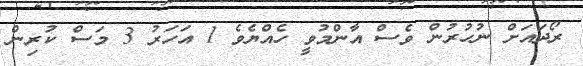
ރޯދައަށް ނުހުރުން ވެސް އާންމުވީ ހެއްޔެވެ 1 އަހަރު 3 މަސް ކުރިން